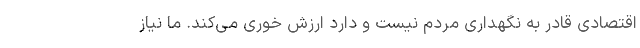
اقتصادی قادر به نگهداری مردم نیست و دارد ارزش خوری می‌کند. ما نیاز